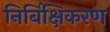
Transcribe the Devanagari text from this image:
निर्बिक्षिकरण